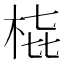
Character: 𭩳